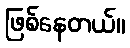
ဖြစ်နေတယ်။